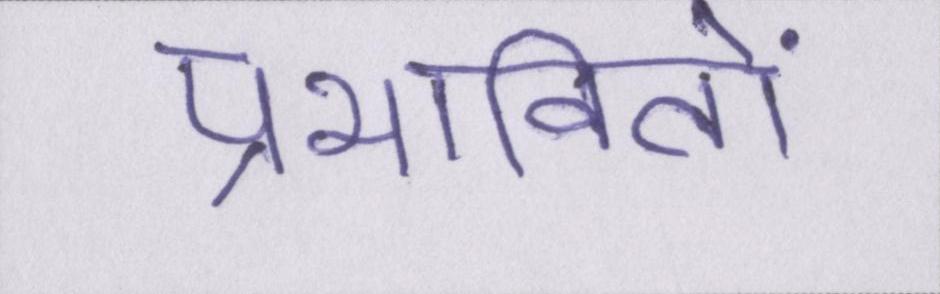
प्रभावितों